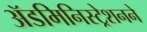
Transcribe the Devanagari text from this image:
ॲडमिनिस्ट्रेशनने